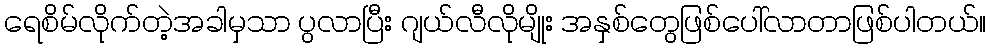
ရေစိမ်လိုက်တဲ့အခါမှသာ ပွလာပြီး ဂျယ်လီလိုမျိုး အနှစ်တွေဖြစ်ပေါ်လာတာဖြစ်ပါတယ်။